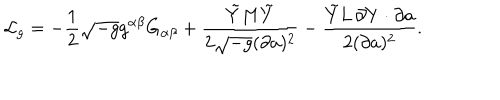
LaTeX: { \cal L } _ { g } = - { \frac { 1 } { 2 } } \sqrt { - g } g ^ { \alpha \beta } G _ { \alpha \beta } + { \frac { \tilde { Y } M \tilde { Y } } { 2 \sqrt { - g } ( \partial a ) ^ { 2 } } } - { \frac { \tilde { Y } L \, \partial Y \cdot \partial a } { 2 ( \partial a ) ^ { 2 } } } .